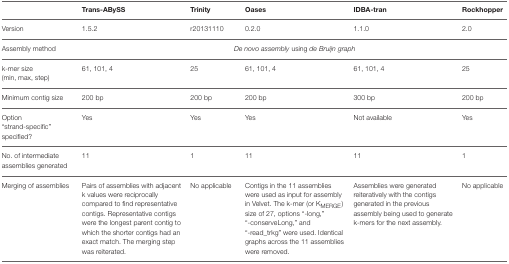
|  | Trans-ABySS | Trinity | Oases | IDBA-tran | Rockhopper |
 | --- | --- | --- | --- | --- | --- |
 | Version | 1.5.2 | r20131110 | 0.2.0 | 1.1.0 | 2.0 |
 | Assembly method | <COLSPAN=5> De novo assembly using de Bruijn graph |
 | k-mer size (min, max, step) | 61, 101, 4 | 25 | 61, 101, 4 | 61, 101, 4 | 25 |
 | Minimum contig size | 200 bp | 200 bp | 200 bp | 300 bp | 200 bp |
 | Option “strand-specific” specified? | Yes | Yes | Yes | Not available | Yes |
 | No. of intermediate assemblies generated | 11 | 1 | 11 | 11 | 1 |
 | Merging of assemblies | Pairs of assemblies with adjacent k values were reciprocally compared to find representative contigs. Representative contigs were the longest parent contig to which the shorter contigs had an exact match. The merging step was reiterated. | No applicable | Contigs in the 11 assemblies were used as input for assembly in Velvet. The k-mer (or KMERGE) size of 27, options “-long,” “-conserveLong,” and “-read_trkg” were used. Identical graphs across the 11 assemblies were removed. | Assemblies were generated reiteratively with the contigs generated in the previous assembly being used to generate k-mers for the next assembly. | No applicable |